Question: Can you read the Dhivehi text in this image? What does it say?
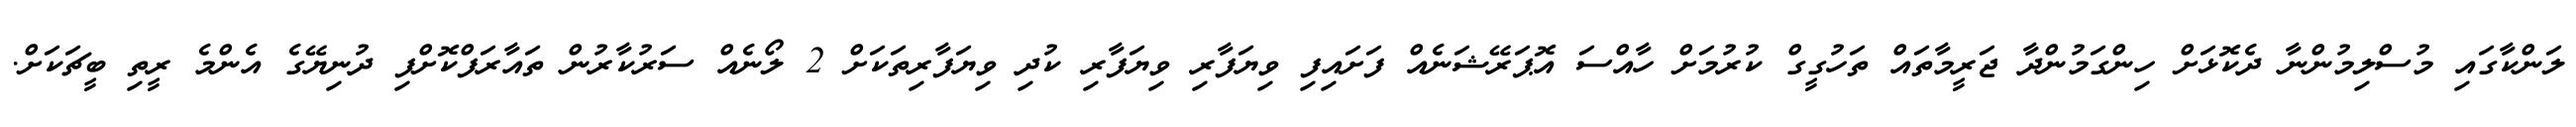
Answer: ލަންކާގައި މުސްލިމުންނާ ދެކޮޅަށް ހިންގަމުންދާ ޖަރީމާތައް ތަހުގީގް ކުރުމަށް ހާއްސަ އޮޕަރޭޝަނެއް ފަށައިފި ވިޔަފާރި ވިޔަފާރި ކުދި ވިޔަފާރިތަކަށް 2 ލޯނެއް ސަރުކާރުން ތައާރަފްކޮށްފި ދުނިޔޭގެ އެންމެ ރީތި ބީޗަކަށް.